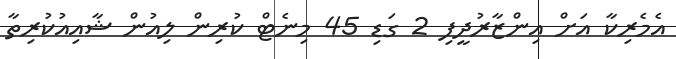
އެމެރިކާ އަށް އިންޒާރުދީފި 2 ގަޑި 45 މިނެޓް ކުރިން ލިއުން ޝާއިއުކުރިތާ